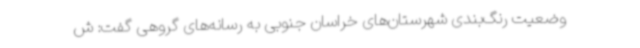
وضعیت رنگ‌بندی شهرستان‌های خراسان جنوبی به رسانه‌های گروهی گفت: ش